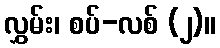
လွှမ်း၊ စပ်-လစ် (၂)။